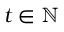
t \in \mathbb { N }